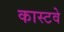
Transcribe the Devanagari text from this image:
कास्टवे